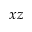
x z